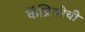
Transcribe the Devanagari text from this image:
कॅप्रियोची